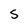
Character: S